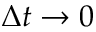
\Delta t \rightarrow 0